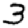
Digit: 3